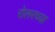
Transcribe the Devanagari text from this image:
रोलरच्या